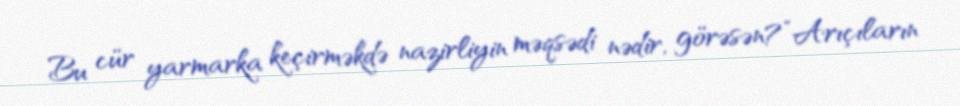
Bu cür yarmarka keçirməkdə nazirliyin məqsədi nədir, görəsən?”Arıçıların